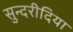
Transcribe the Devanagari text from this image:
सुन्दरीदिया